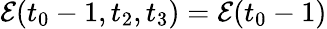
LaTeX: \mathcal{E}(t_{0}-1,t_{2},t_{3})=\mathcal{E}(t_{0}-1)